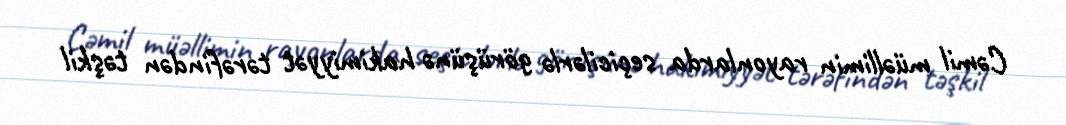
Cəmil müəllimin rayonlarda seçicilərlə görüşünə hakimiyyət tərəfindən təşkil